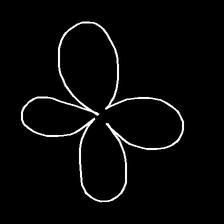
Glyph: billowing